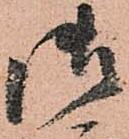
御